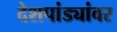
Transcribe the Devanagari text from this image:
देशपांड्यांवर